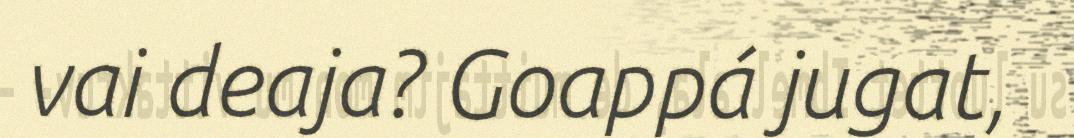
vai deaja? Goappá jugat,